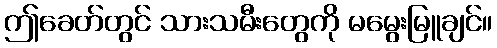
ဤခေတ်တွင် သားသမီးတွေကို မမွေးမြူချင်။